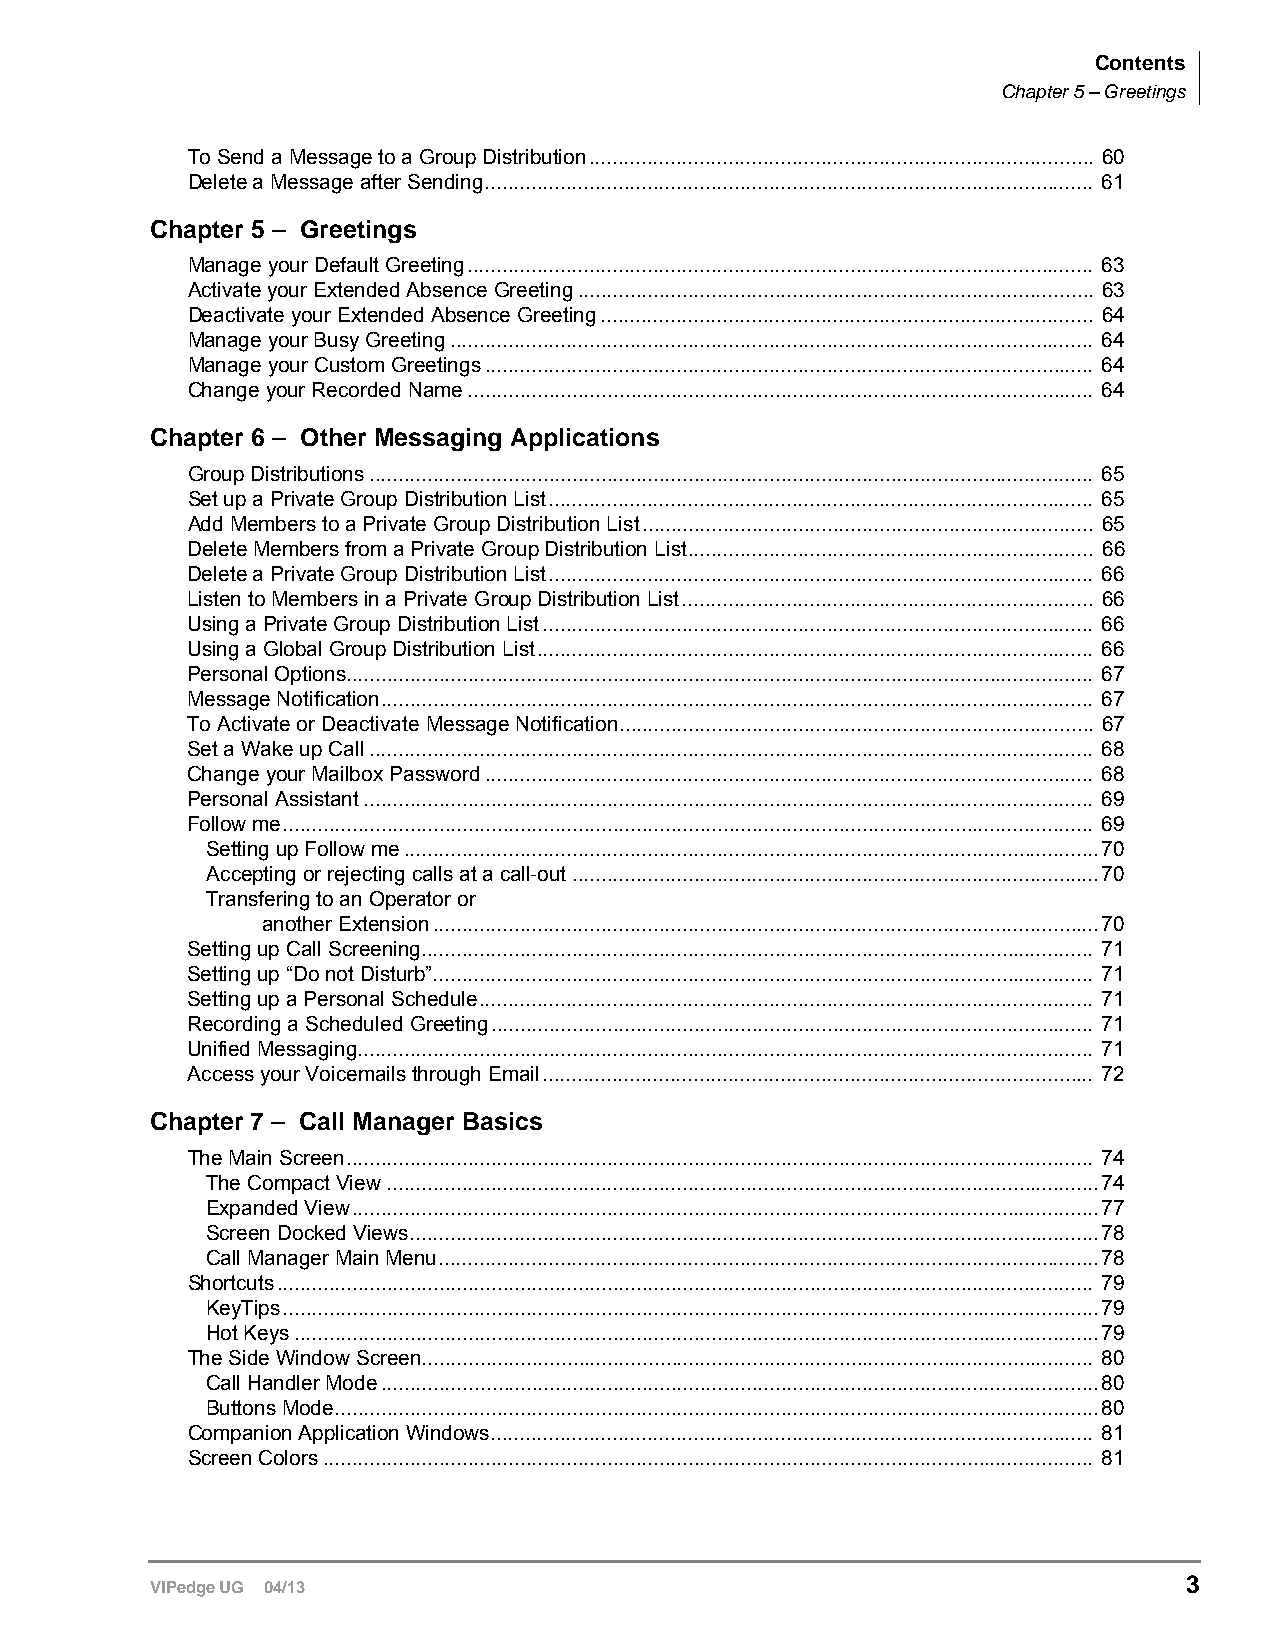
Contents
 Chapter 5 – Greetings
 To Send a Message to a Group Distribution....................................................................................... 60
 Delete a Message after Sending......................................................................................................... 61
 Chapter 5 – Greetings
 Manage your Default Greeting............................................................................................................ 63
 Activate your Extended Absence Greeting......................................................................................... 63
 Deactivate your Extended Absence Greeting..................................................................................... 64
 Manage your Busy Greeting............................................................................................................... 64
 Manage your Custom Greetings......................................................................................................... 64
 Change your Recorded Name............................................................................................................ 64
 Chapter 6 – Other Messaging Applications
 Group Distributions............................................................................................................................. 65
 Set up a Private Group Distribution List.............................................................................................. 65
 Add Members to a Private Group Distribution List.............................................................................. 65
 Delete Members from a Private Group Distribution List...................................................................... 66
 Delete a Private Group Distribution List.............................................................................................. 66
 Listen to Members in a Private Group Distribution List....................................................................... 66
 Using a Private Group Distribution List............................................................................................... 66
 Using a Global Group Distribution List................................................................................................ 66
 Personal Options................................................................................................................................. 67
 Message Notification........................................................................................................................... 67
 To Activate or Deactivate Message Notification.................................................................................. 67
 Set a Wake up Call............................................................................................................................. 68
 Change your Mailbox Password......................................................................................................... 68
 Personal Assistant.............................................................................................................................. 69
 Follow me............................................................................................................................................ 69
 Setting up Follow me........................................................................................................................70
 Accepting or rejecting calls at a call-out...........................................................................................70
 Transfering to an Operator or
 another Extension...................................................................................................................70
 Setting up Call Screening.................................................................................................................... 71
 Setting up “Do not Disturb”.................................................................................................................. 71
 Setting up a Personal Schedule.......................................................................................................... 71
 Recording a Scheduled Greeting........................................................................................................ 71
 Unified Messaging............................................................................................................................... 71
 Access your Voicemails through Email............................................................................................... 72
 Chapter 7 – Call Manager Basics
 The Main Screen................................................................................................................................. 74
 The Compact View...........................................................................................................................74
 Expanded View.................................................................................................................................77
 Screen Docked Views.......................................................................................................................78
 Call Manager Main Menu..................................................................................................................78
 Shortcuts............................................................................................................................................. 79
 KeyTips.............................................................................................................................................79
 Hot Keys...........................................................................................................................................79
 The Side Window Screen.................................................................................................................... 80
 Call Handler Mode............................................................................................................................80
 Buttons Mode....................................................................................................................................80
 Companion Application Windows........................................................................................................ 81
 Screen Colors..................................................................................................................................... 81
 3
 VIPedge UG 04/13